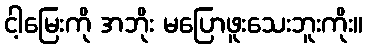
ငါ့မြေးကို အဘိုး မပြောဖူးသေးဘူးကိုး။